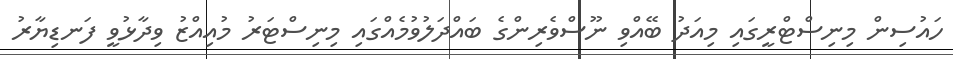
ހައުސިން މިނިސްޓްރީގައި މިއަދު ބޭއްވި ނޫސްވެރިންގެ ބައްދަލުވުމެއްގައި މިނިސްޓަރު މުއިއްޒު ވިދާޅުވީ ފަނޑިޔާރު